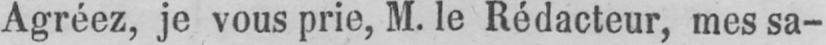
Agréez, je vous prie, M. le Rédacteur, mes sa-